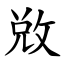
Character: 敚